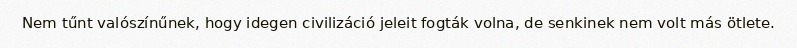
Nem tűnt valószínűnek, hogy idegen civilizáció jeleit fogták volna, de senkinek nem volt más ötlete.